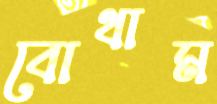
বোথাম